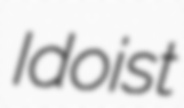
Idoist